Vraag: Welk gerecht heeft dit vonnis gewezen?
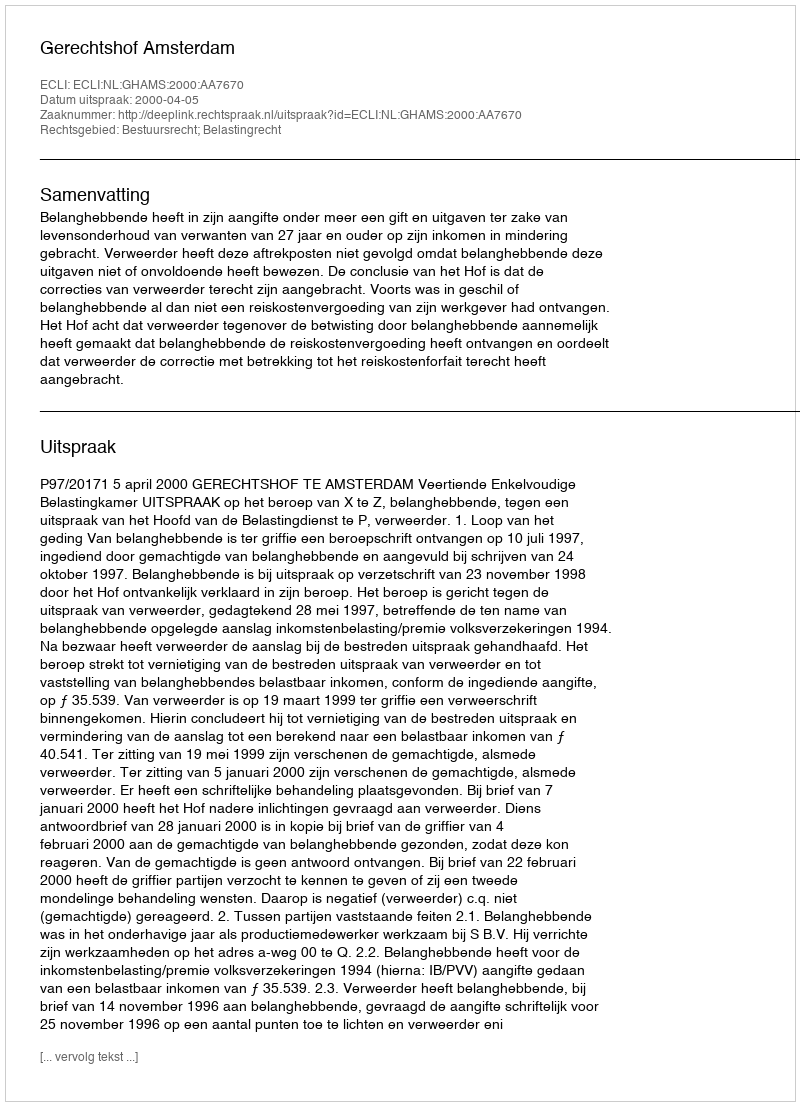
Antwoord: Gerechtshof Amsterdam